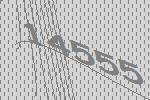
14555